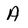
Character: A